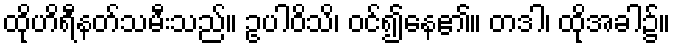
ထိုဟိရီနတ်သမီးသည်။ ဥပါဝိသိ၊ ဝင်၍နေ၏။ တဒါ၊ ထိုအခါ၌။